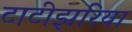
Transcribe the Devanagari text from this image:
टाटीझरिया